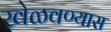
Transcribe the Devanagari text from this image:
खेळवण्यास